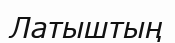
Латыштың